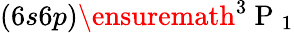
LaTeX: (6s6p)\ensuremath{{^3\mathrm{~P~}_{1}}}